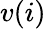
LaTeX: v(i)